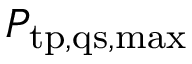
P _ { \mathrm { t p , q s , m a x } }